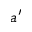
a ^ { \prime }